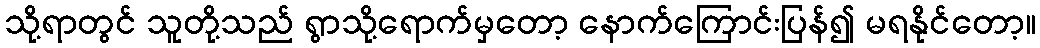
သို့ရာတွင် သူတို့သည် ရွာသို့ရောက်မှတော့ နောက်ကြောင်းပြန်၍ မရနိုင်တော့။